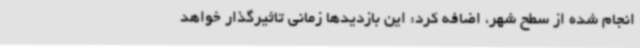
انجام شده از سطح شهر، اضافه کرد: این بازدیدها زمانی تاثیرگذار خواهد